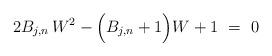
LaTeX: \begin{align*}2 B_{j,n} \, W^2- \Bigl(B_{j,n}+ 1\Bigr) W + 1 ~=~0\end{align*}